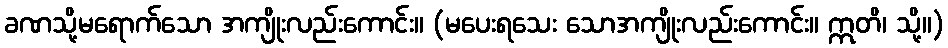
ခဏသို့မရောက်သော အကျိုးလည်းကောင်း။ (မပေးရသေး သောအကျိုးလည်းကောင်း။ ဣတိ၊ သို့။)